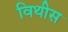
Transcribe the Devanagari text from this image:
विथीस